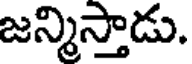
జన్మిస్తాడు.